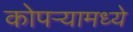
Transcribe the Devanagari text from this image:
कोपर्‍यामध्ये